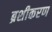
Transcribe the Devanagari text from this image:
ब्रशीकरण